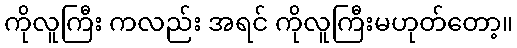
ကိုလူကြီး ကလည်း အရင် ကိုလူကြီးမဟုတ်တော့။